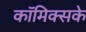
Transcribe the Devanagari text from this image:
कॉमिक्सके